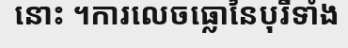
នោះ ។ការលេចធ្លោនៃបុរីទាំង